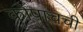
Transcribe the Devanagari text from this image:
कोपाचची